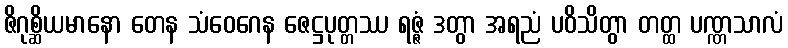
ဇိဂုစ္ဆိယမာနော တေန သံဝေဂေန ဇေဋ္ဌပုတ္တဿ ရဇ္ဇံ ဒတွာ အရညံ ပဝိသိတွာ တတ္ထ ပဏ္ဏသာလံ